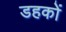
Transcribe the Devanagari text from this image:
डहकों